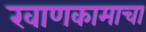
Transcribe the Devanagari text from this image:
खाणकामाचा